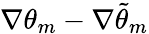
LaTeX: \nabla\theta_{m}-\nabla\tilde{\theta}_{m}